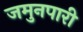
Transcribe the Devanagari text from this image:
जमुनपारी